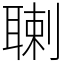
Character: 䏀